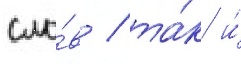
сло́в / та́к и́